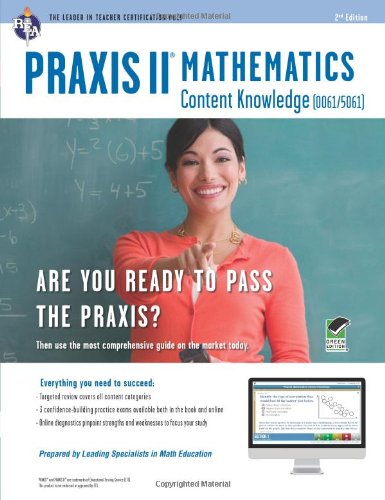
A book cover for PRAXIS II Mathematics Content Knowledge (0061) Book + Online (PRAXIS Teacher Certification Test Prep); Test Preparation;